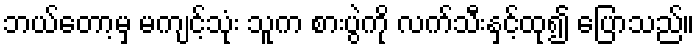
ဘယ်တော့မှ မကျင့်သုံး သူက စားပွဲကို လက်သီးနှင့်ထု၍ ပြောသည်။